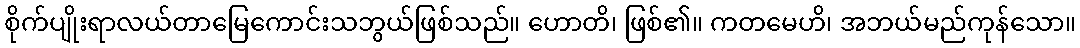
စိုက်ပျိုးရာလယ်တာမြေကောင်းသဘွယ်ဖြစ်သည်။ ဟောတိ၊ ဖြစ်၏။ ကတမေဟိ၊ အဘယ်မည်ကုန်သော။